65_HS1-834228961_62-HQ-83894_Section_5
Agency: FBI
Page 176
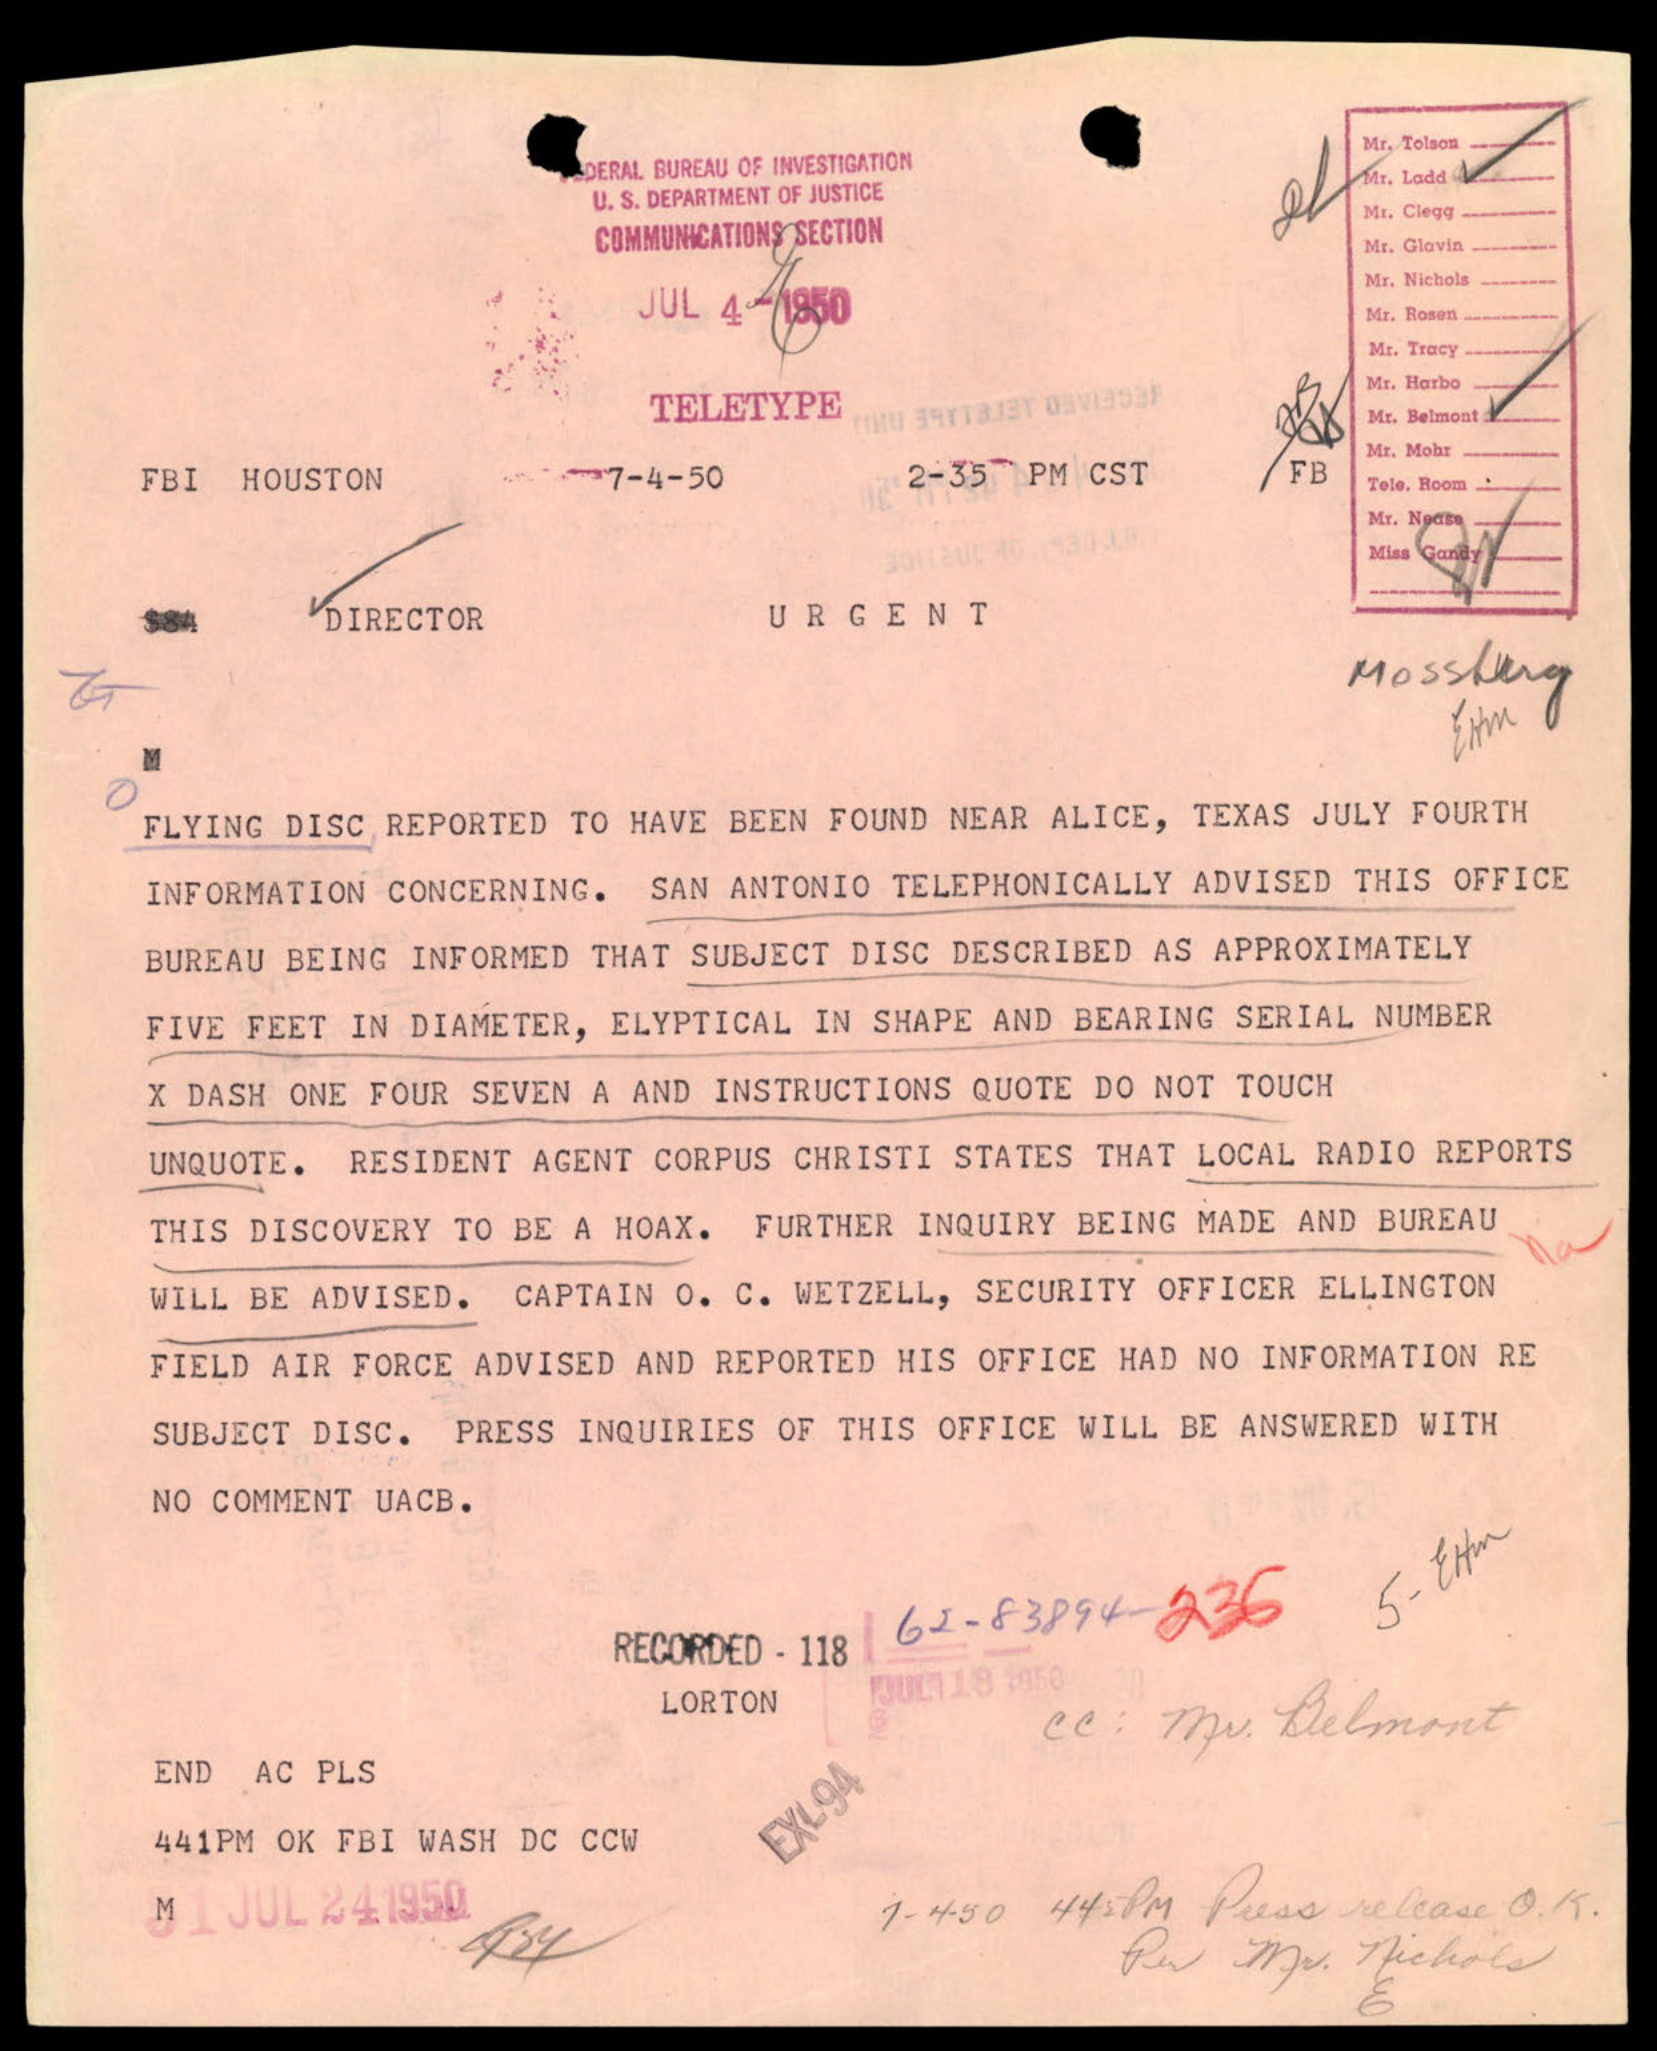